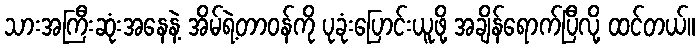
သားအကြီးဆုံးအနေနဲ့ အိမ်ရဲ့တာဝန်ကို ပုခုံးပြောင်းယူဖို့ အချိန်ရောက်ပြီလို့ ထင်တယ်။